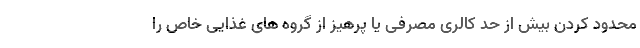
محدود کردن بیش از حد کالری مصرفی یا پرهیز از گروه های غذایی خاص را